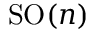
\mathrm { S O } ( n )